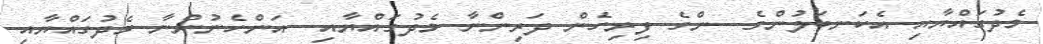
މެދުގައްޔާއި އެކަނބަލުންގެ  ންގެ ފިރިހެން ދަރިންނާ މެދުގައްޔާއި  އަންހެނުންނާ މެދުގައްޔާއި